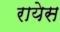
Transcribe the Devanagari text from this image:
रायेस